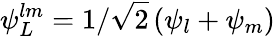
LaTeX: \psi_{L}^{lm}=1/\sqrt 2\left(\psi_{l}+\psi_{m}\right)